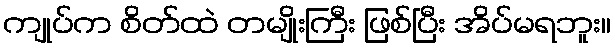
ကျုပ်က စိတ်ထဲ တမျိုးကြီး ဖြစ်ပြီး အိပ်မရဘူး။